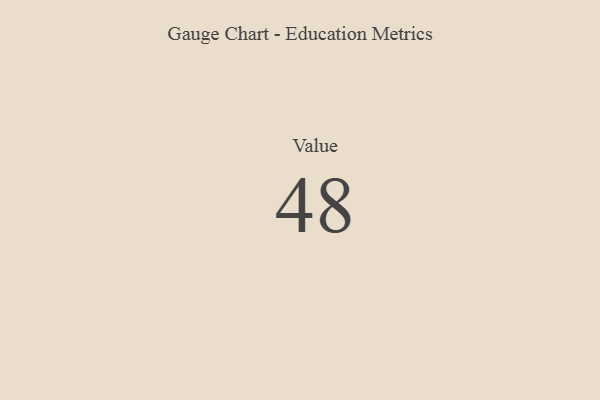
{"axis": {"x": "Metric", "y": "Value"}, "legend": [""], "data": [{"x": "Value", "y": 48, "type": ""}]}